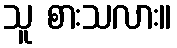
သူ စားသလား။